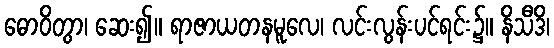
ဓောဝိတွာ၊ ဆေး၍။ ရာဇာယတနမူလေ၊ လင်းလွန်းပင်ရင်း၌။ နိသီဒိ၊